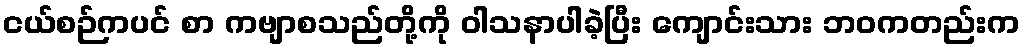
ငယ်စဉ်ကပင် စာ ကဗျာစသည်တို့ကို ဝါသနာပါခဲ့ပြီး ကျောင်းသား ဘဝကတည်းက